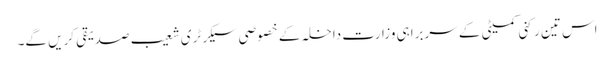
اس تین رکنی کمیٹی کے سربراہی وزارت داخلہ کے خصوصی سیکرٹری شعیب صدیقی کریں گے۔